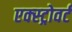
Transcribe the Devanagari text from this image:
एक्स्ट्रोवर्ट